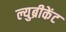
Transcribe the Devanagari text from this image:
ल्युब्रीकेंट